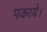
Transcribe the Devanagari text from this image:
पकाये।